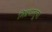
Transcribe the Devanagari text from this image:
मिश्रधातूचा